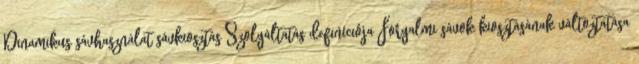
Dinamikus sávhasználat sávkiosztás Szolgáltatás definíciója Forgalmi sávok kiosztásának változtatása